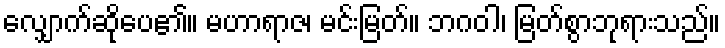
လျှောက်ဆိုပေ၏။ မဟာရာဇ၊ မင်းမြတ်။ ဘဂဝါ၊ မြတ်စွာဘုရားသည်။